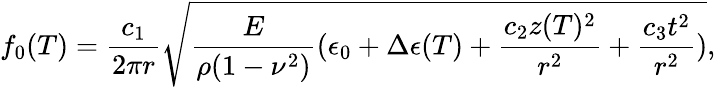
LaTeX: f_{0}(T)=\frac{c_{1}}{2\pi r}\sqrt{\frac{E}{\rho(1-\nu^{2})}(\epsilon_{0}+\Delta\epsilon(T)+\frac{c_{2}z(T)^{2}}{r^{2}}+\frac{c_{3}t^{2}}{r^{2}})},